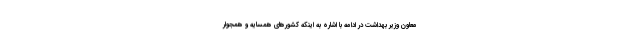
معاون وزیر بهداشت در ادامه با اشاره به اینکه کشورهای همسایه و همجوار